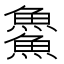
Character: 𩺰